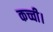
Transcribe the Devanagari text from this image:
कच्ची।